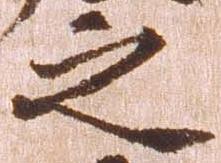
之